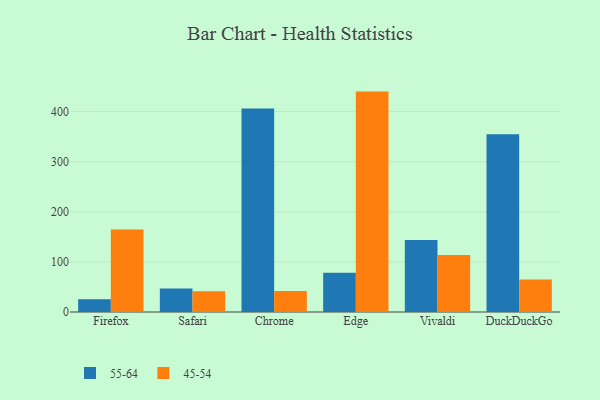
{"axis": {"x": "Browser", "y": "Population (Million)"}, "legend": ["45-54", "55-64"], "data": [{"x": "Firefox", "y": 25.4, "type": "55-64"}, {"x": "Firefox", "y": 164.7, "type": "45-54"}, {"x": "Safari", "y": 46.8, "type": "55-64"}, {"x": "Safari", "y": 41.5, "type": "45-54"}, {"x": "Chrome", "y": 406.2, "type": "55-64"}, {"x": "Chrome", "y": 42.0, "type": "45-54"}, {"x": "Edge", "y": 78.1, "type": "55-64"}, {"x": "Edge", "y": 439.8, "type": "45-54"}, {"x": "Vivaldi", "y": 143.9, "type": "55-64"}, {"x": "Vivaldi", "y": 113.9, "type": "45-54"}, {"x": "DuckDuckGo", "y": 354.5, "type": "55-64"}, {"x": "DuckDuckGo", "y": 65.0, "type": "45-54"}]}